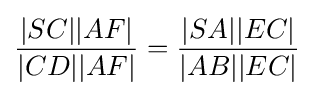
{\frac {|SC||AF|}{|CD||AF|}}={\frac {|SA||EC|}{|AB||EC|}}